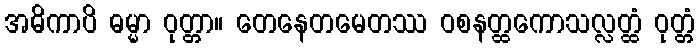
အဓိကာပိ ဓမ္မာ ဝုတ္တာ။ တေနေတမေတဿ ဝစနတ္ထကောသလ္လတ္ထံ ဝုတ္တံ